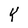
Character: Y